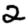
Digit: 2